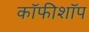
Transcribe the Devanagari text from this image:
कॉफीशॉप